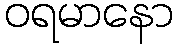
ဝရမာနော